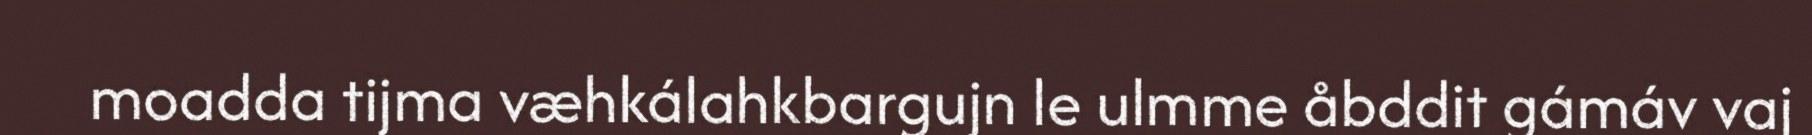
moadda tijma væhkálahkbargujn le ulmme åbddit gámáv vaj